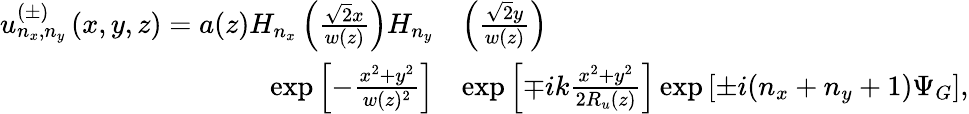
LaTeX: \begin{array}{rl}{u_{n_{x},n_{y}}^{(\pm)}\left(x,y,z\right)=a(z)H_{n_{x}}\left(\frac{\sqrt{2}x}{w(z)}\right)H_{n_{y}}}&{\left(\frac{\sqrt{2}y}{w(z)}\right)}\\ {\exp\left[-\frac{x^{2}+y^{2}}{w(z)^{2}}\right]}&{\exp\left[\mp ik\frac{x^{2}+y^{2}}{2R_{u}(z)}\right]\exp\left[\pm i(n_{x}+n_{y}+1)\Psi_{G}\right],}\end{array}